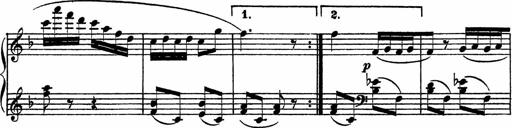
Title: Piano Sonatinas
Composer: Charles Fradel